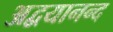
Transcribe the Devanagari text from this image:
अद्वयानन्द